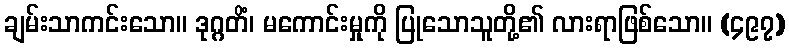
ချမ်းသာကင်းသော။ ဒုဂ္ဂတိံ၊ မကောင်းမှုကို ပြုသောသူတို့၏ လားရာဖြစ်သော။ (၄၉၇)